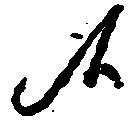
候